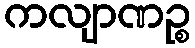
ကလျာဏဉ္စ